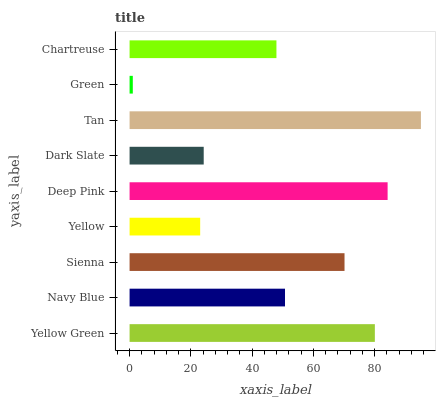
| yaxis_label | bars |
 | --- | --- |
 | Yellow Green | 80.1 |
 | Navy Blue | 50.8 |
 | Sienna | 70.2 |
 | Yellow | 23.1 |
 | Deep Pink | 84.3 |
 | Dark Slate | 24.2 |
 | Tan | 95.1 |
 | Green | 1.05 |
 | Chartreuse | 48 |